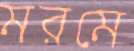
মরমে